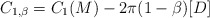
\begin{align*}C_{1,\beta} = C_1(M) - 2\pi (1-\beta) [D]\end{align*}